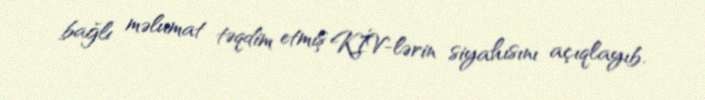
bağlı məlumat təqdim etmiş KİV-lərin siyahısını açıqlayıb.